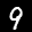
Label: 9